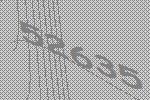
52635